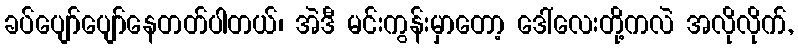
ခပ်ပျော်ပျော်နေတတ်ပါတယ်၊ အဲဒီ မင်းကွန်းမှာတော့ ဒေါ်လေးတို့ကလဲ အလိုလိုက်,